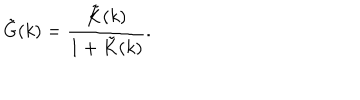
LaTeX: \tilde { G } ( k ) = \frac { \tilde { K } ( k ) } { 1 + \tilde { K } ( k ) } .